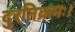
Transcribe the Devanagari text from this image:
दुरतिक्रमः।